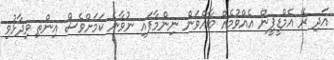
އަދި ރޭ އެމްޑީޕީން އެއްވުމެއް ބާއްވަން ނިންމާފައި ނުވާނެ ކަމަށްވެސް އިންތި ވިދާޅުވި